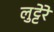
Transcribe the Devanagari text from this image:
लुट्टेरे